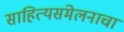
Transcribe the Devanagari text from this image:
साहित्यसंमेलनाचा